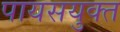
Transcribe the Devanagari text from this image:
पायसयुक्त